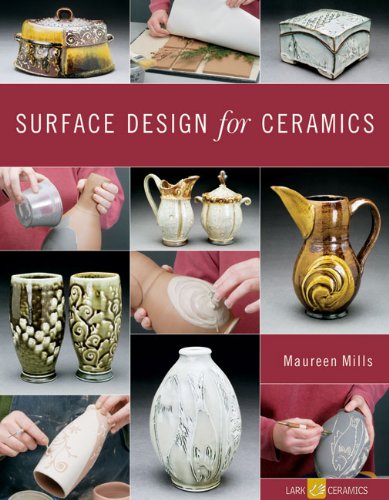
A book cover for Surface Design for Ceramics (A Lark Ceramics Book); Maureen Mills; Crafts, Hobbies & Home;